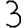
Digit: 3